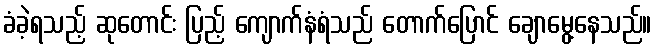
ခံခဲ့ရသည့် ဆုတောင်း ပြည့် ကျောက်နံရံသည် တောက်ပြောင် ချောမွေ့နေသည်။